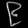
Digit: ၉